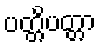
ပတ္တိပတ္တာ